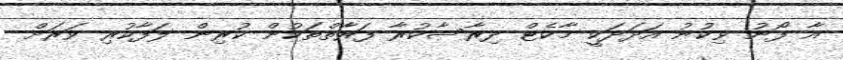
އާ ފޯނު ވިކުނު އަދަދަކީ މާކެޓް ދިރާސާކުރާ ފަރާތްތަކުން ކުރިން ލަފާކުރި ވަރަށް